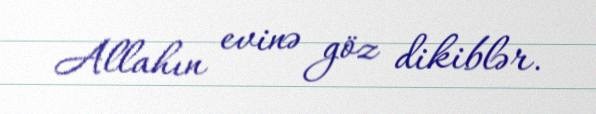
Allahın evinə göz dikiblər.